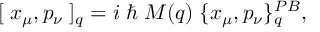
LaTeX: [ \; x _ { \mu } , p _ { \nu } \; ] _ { q } = i \; \hbar \; M ( q ) \; \{ x _ { \mu } , p _ { \nu } \} _ { q } ^ { P B } ,